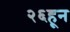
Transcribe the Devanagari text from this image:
२६हून